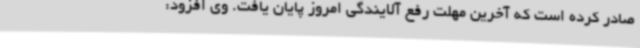
صادر کرده است که آخرین مهلت رفع آلایندگی امروز پایان یافت. وی افزود: